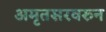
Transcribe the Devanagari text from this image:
अमृतसरवरुन